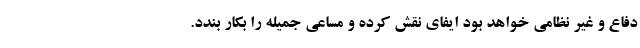
دفاع و غیر نظامی خواهد بود ایفای نقش کرده و مساعی جمیله را بکار بندد.